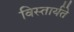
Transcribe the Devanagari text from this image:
विस्तार्यते